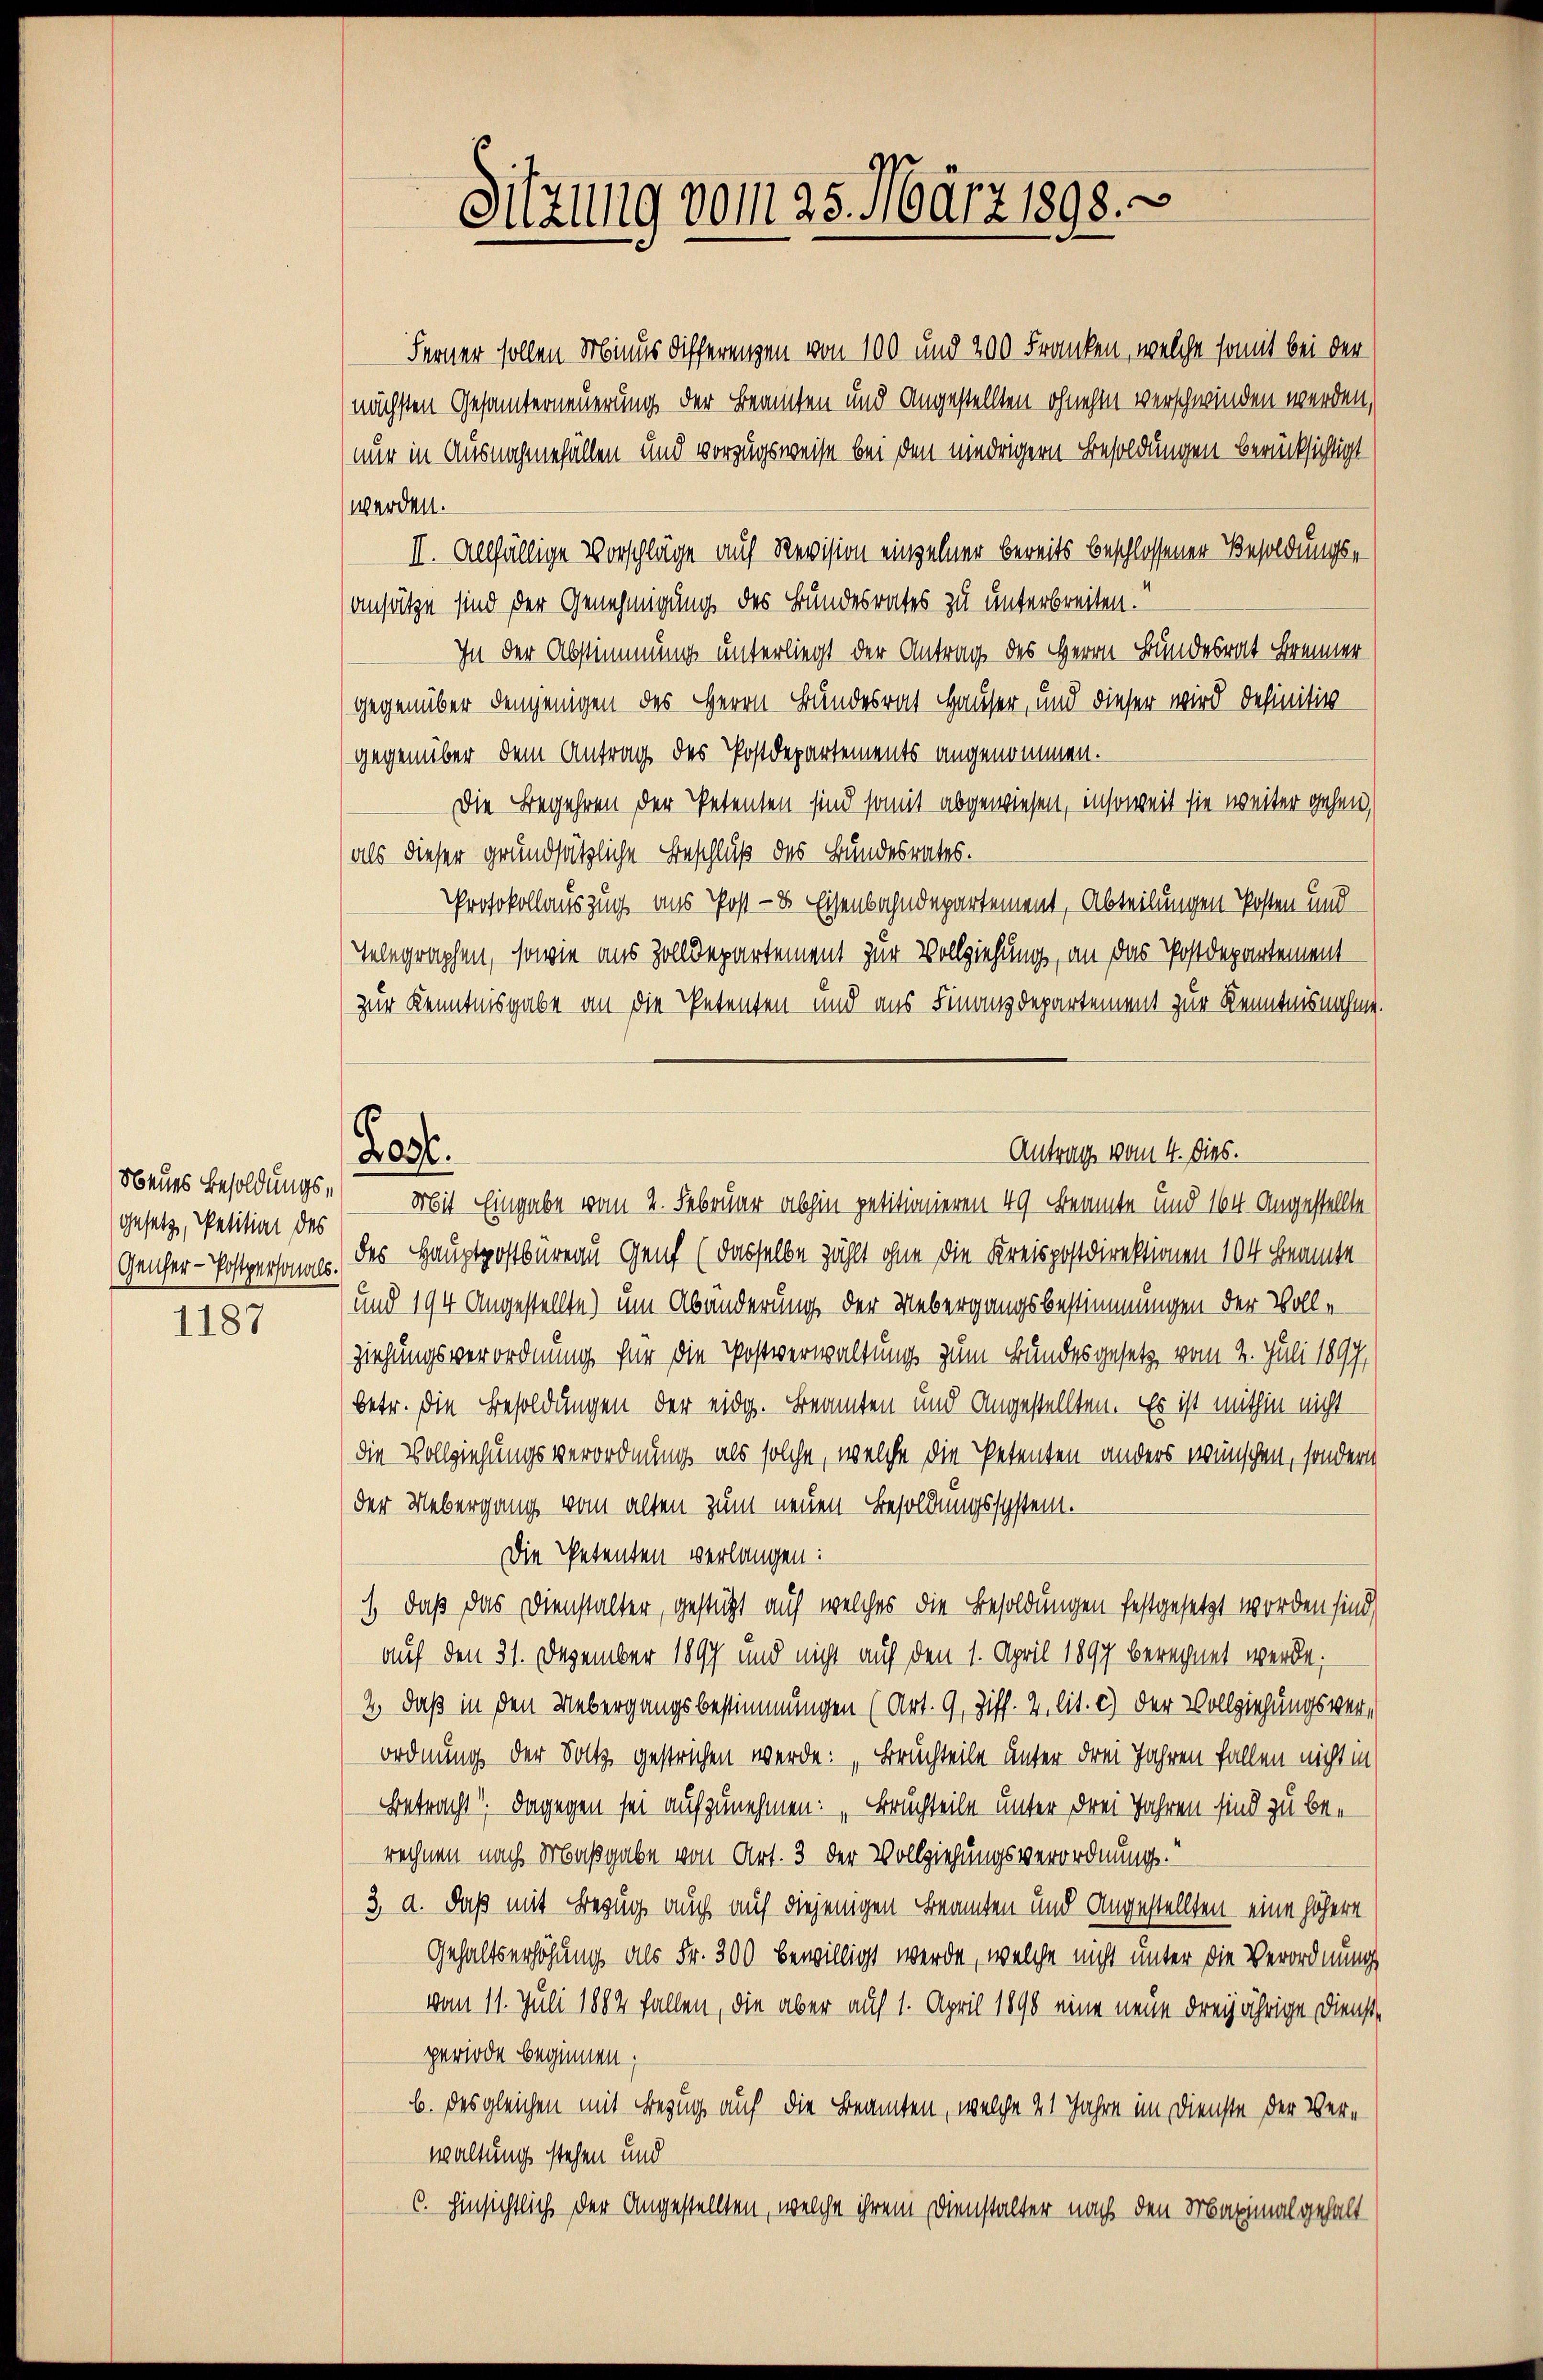
gesetz, Petition des

1187

.
209.

Ferner sollen Minus differenzen von 100 und 200 Franken, welche somit bei der
nächsten Gesamterneuerung der Beamten und angestellten ohnehin verschwinden werden,
nur in Ausnahmefällen und vorzugsweise bei den niedrigern Besoldungen berücksichtigt
werden.
II. Allfällige Vorschläge auf Revision einzelner bereits beschlossenen Besoldungsansätze sind der Genehmigung des Bundesrates zu unterbreiten.
In der Abstimmung unterliegt der Antrag des Herrn Bundesrat Bemer
gegenüber demjenigen des Herrn Bundesrat Hauser, und dieser wird definitiv
gegenüber dem Antrag des Postdepartements angenommen.
Die Begehren der Petenten sind somit abgewiesen, insoweit sie weiter gehen,
als dieser grundsätzliche Beschluß des Bundesrates.
Protokollauszug aus Post- & Eisenbahndepartement, Abteilungen Posten und
Velegraphen, sowie aus Zolldepartement zur Vollziehung, an das Postdepartement
zur Kenntnisgabe an die Petenten und aus Finanzdepartement zur Kenntnisnahme.
Neues Besoldungs- Mit Eingabe vom 2. Februar abhin petitionieren 49 Beamte und 164. Angestellte
Genfer-Postpersonnes. des Hauptpostbüreau Genf (dasselbe zählt ohne die Kreispostdirektionen 104 Beamte
) und 194 angestellte) um Abänderung der Uebergangsbestimmungen der Vollziehungsverordnung für die Postverwaltung zum Bundesgesetz vom 2. Juli 1897,
betr. die Besoldungen der eidg. Beamten und angestellten. Es ist mithin nicht
die Vollziehungsverordnung als solche, welche die Petenten anders wünschen, sondern
der Uebergang vom alten zum neuen Besoldungssystem.
Die Petenten verlangen:
1, daß das Dienstalter, gestützt auf welches die Besoldungen festgesetzt worden sind)
auf den 31. Dezember 1897 und nicht auf den 1. April 1897 berechnet werde;
2., daß in den Uebergangsbestimmungen (Art. 9, Ziff. 2. lit. c) der Vollziehungsverordnung der Soll gestrichen werde: „Bruchteile unter drei Jahren fallen nicht in
Betracht. Dagegen sei aufzunehmen: „Bruchteile unter drei Jahren sind zu berechnen nach Maßgabe von Art. 3 der Vollziehungsverordnung.“
3. a. daß mit Bezug auch auf diejenigen Beamten und Angestellten eine höhere
Gehaltserhöhung als Fr. 300 bewilligt werde, welche nicht unter die Verordnung
vom 11. Juli 1884 fallen, die aber auf 1. April 1890 eine neue dreijährige Dienstperiode beginnen;
b. des gleichen mit Bezug auf die Beamten, welche 21 Jahre im Dienste der Verwaltung stehen und
C. hinsichtlich der Angestellten, welche ihrem Dienstalter nach den Maximal gehalt

Sitzung vom 25. März 1898.

Antrag vom 4. dies.